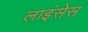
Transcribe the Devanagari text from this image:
लाइंसेस